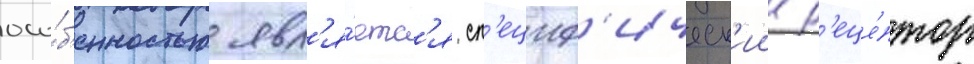
осо́б'енностью явл'я́етс'я сп'ециф'ическ'ии р'еце́птор